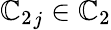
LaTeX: {\mathbb{C}_{2}}_{j}\in\mathbb{C}_{2}